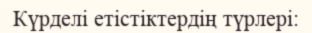
Күрделі етістіктердің түрлері: